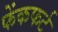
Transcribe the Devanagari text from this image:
फेंकफर्ट